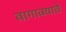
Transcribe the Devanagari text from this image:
वागावयाचे